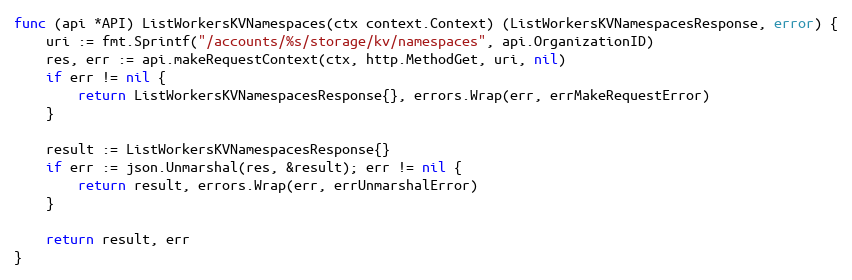
Language: Go
func (api *API) ListWorkersKVNamespaces(ctx context.Context) (ListWorkersKVNamespacesResponse, error) {
	uri := fmt.Sprintf("/accounts/%s/storage/kv/namespaces", api.OrganizationID)
	res, err := api.makeRequestContext(ctx, http.MethodGet, uri, nil)
	if err != nil {
		return ListWorkersKVNamespacesResponse{}, errors.Wrap(err, errMakeRequestError)
	}

	result := ListWorkersKVNamespacesResponse{}
	if err := json.Unmarshal(res, &result); err != nil {
		return result, errors.Wrap(err, errUnmarshalError)
	}

	return result, err
}